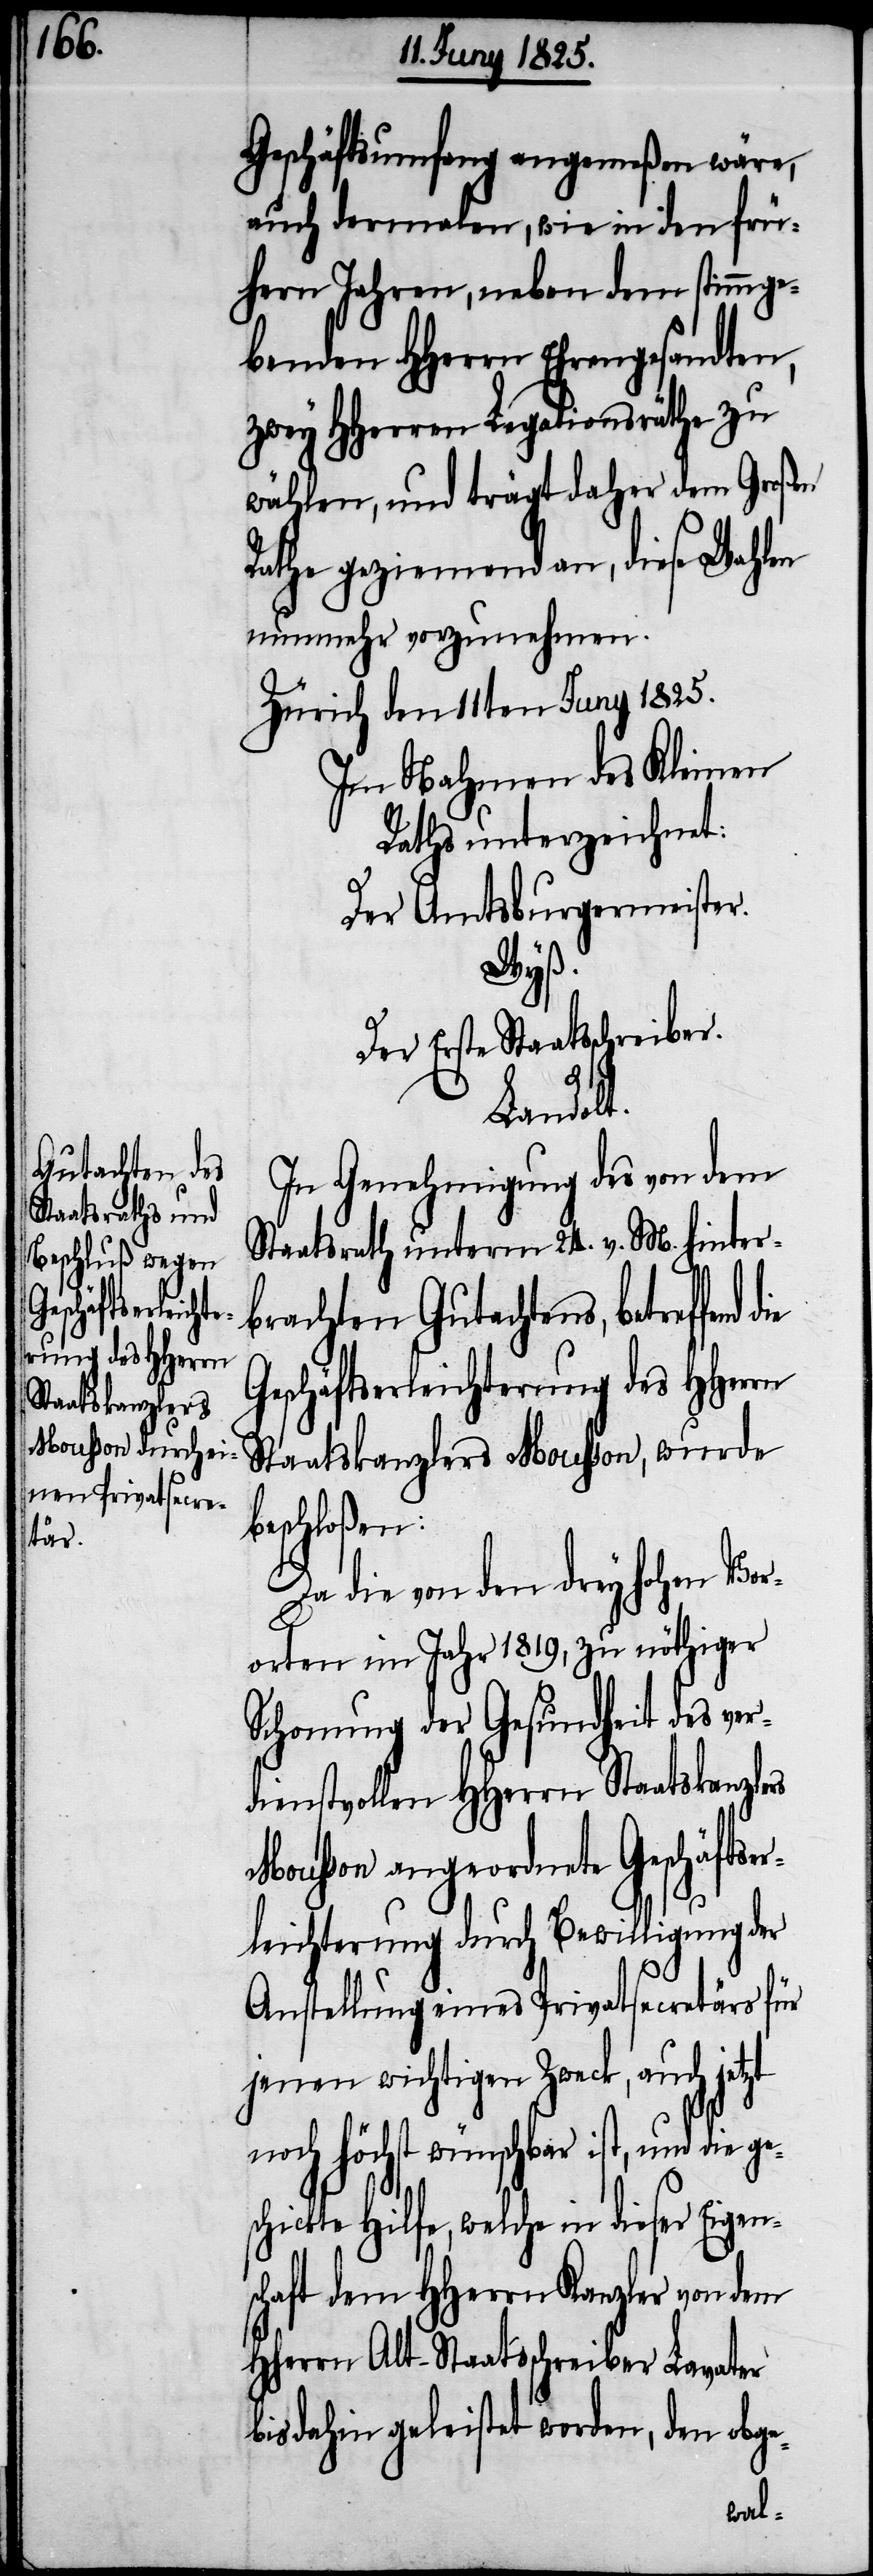
Geschäftsumfang angemeßen wäre,
auch dermalen, wie in den frü¬
hern Jahren, neben dem stimmge¬
benden HHerrn Ehrengesandten,
zwey HHerrn Legationsräthe zu
wählen, und trägt dem Großen
Rathe geziemend an, diese Wahlen
nunmehr vorzunehmen.
Zürich den 11ten Juny 1825.
Im Nahmen des Kleinen
Rathes unterzeichnet:
Der Amtsburgermeister.
Wyß.
Der Erste Staatsschreiber.
Landolt.
In Genehmigung des von dem
Staatsrath unterm 24. v. M. hinter¬
brachten Gutachtens, betreffend
Geschäftserleichterung des HHerrn
Staatskanzlers Mousson, wurde
beschloßen:
Da die von den drey hohen Vor¬
orten im Jahr 1819, zu nöthiger
Schonung der Gesundheit des ver¬
dienstvollen HHerrn Staatskanzlers
Mousson angeordnete Geschäftser¬
leichterung durch Bewilligung der
Anstellung eines Privatsecretärs für
jenen wichtigen Zweck, auch jetzt
noch höchst wünschbar ist, und die ges¬
chickte Hilfe, welche in dieser Eigen¬
schaft dem HHerrn Kanzler von dem
HHerrn Alt-Staatsschreiber Lavater
bis dahin geleistet worden, den obge-